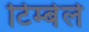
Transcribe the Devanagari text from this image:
टिम्बेले